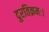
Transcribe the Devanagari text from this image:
दुरतिक्रमः।